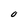
Character: O